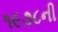
૧૯૭૮ની